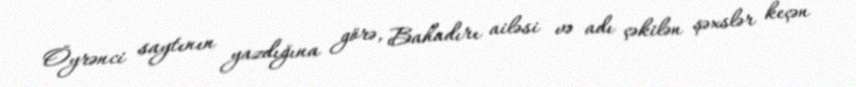
Öyrənci saytının yazdığına görə, Bahadırı ailəsi və adı çəkilən şəxslər keçən